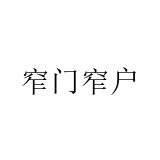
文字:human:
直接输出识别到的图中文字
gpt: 窄门窄户